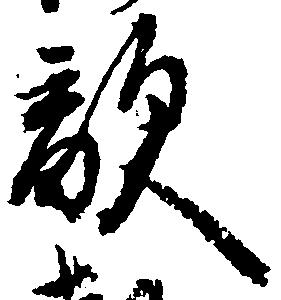
敵